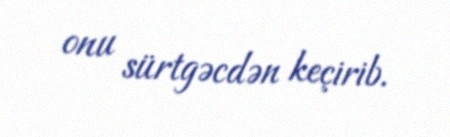
onu sürtgəcdən keçirib.